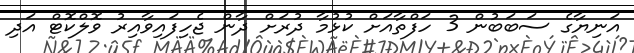
އަނިޔާގެ ސަބަބުން 3 ހަފްތާއަށް ކުޅުމާ ދުރަށް ދާން ޖެހިފައިވާއިރު ވޮލްކޮޓް އަދި